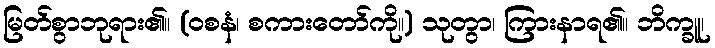
မြတ်စွာဘုရား၏။ (ဝစနံ၊ စကားတော်ကို။) သုတွာ၊ ကြားနာရ၏။ ဘိက္ခူ၊